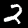
Digit: 2